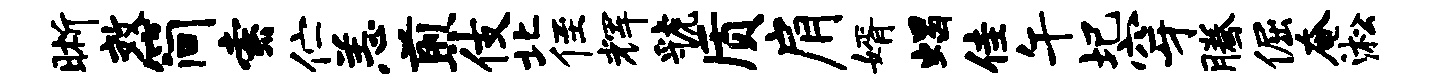
晰效简索伫恙煎伎北侄辉虢质肩婿蝎佳午圯穿腾倔奄淞